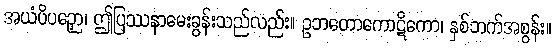
အယံပိပဉှော၊ ဤပြဿနာမေးခွန်းသည်လည်း။ ဥဘတောကောဋိကော၊ နှစ်ဘက်အစွန်း။